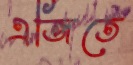
এজিতে